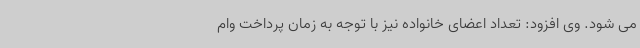
می شود. وی افزود: تعداد اعضای خانواده نیز با توجه به زمان پرداخت وام